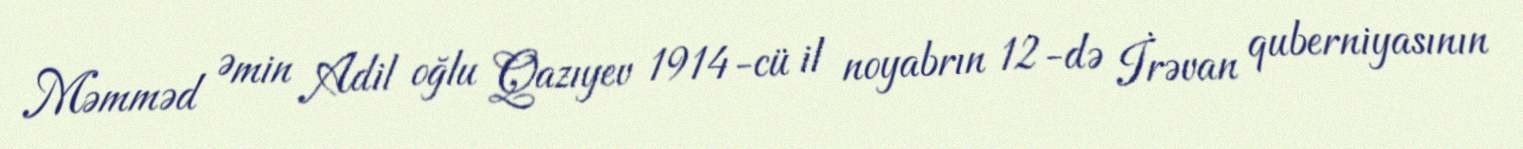
Məmməd Əmin Adil oğlu Qazıyev 1914-cü il noyabrın 12-də İrəvan quberniyasının